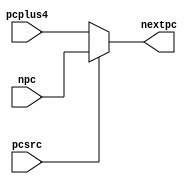
module pc_mux (
 input [31:0]   npc,
 input [31:0]   pcplus4,
 input          pcsrc,
 output reg [31:0]  nextpc  
);
always @(*) begin
  if(pcsrc)
      nextpc <= npc;
  else
      nextpc <= pcplus4; 
end
  
endmodule

// module s_mux (
//   input [31:0]  d,
//   input [1:0]   s,
//   output reg [31:0] y
// );
// always @(*) begin
//   case(s)
//   2'b01: y <= d;
//   2'b10: y <= {{16{d[15]}},d[15:0]};
//   2'b11: y <= {{24{d[7]}},d[7:0]};
// endcase
// end
// endmodule


// module l_mux (
//    input [31:0]  d,
//   input [1:0]   s,
//   output reg [31:0] y 
// );
// always @(*) begin
//   case(s)
//   2'b00: y <= d;
//   2'b01: y <= {{16{d[15]}},d[15:0]};
//   2'b10: y <= {{24{d[7]}},d[7:0]};
// endcase
// end
// endmodule



module mux2        //two selected choice
             (input  [31:0] d0, d1, 
              input              s, 
              output [31:0]      y);

  assign y = s ? d0 : d1; 
endmodule

// module mux3 #(parameter WIDTH = 32)     //three selected choice
//              (input  [WIDTH-1:0] d0, d1, d2,
//               input  [1:0]       s, 
//               output [WIDTH-1:0] y);

//   assign  y = s[1] ? d2 : (s[0] ? d1 : d0); 
// endmodule

// module mux4 #(parameter WIDTH = 32)   //four ...
//              (input  [WIDTH-1:0] d0, d1, d2, d3,
//               input  [1:0]       s, 
//               output reg [WIDTH-1:0] y);

// 	always @( * )
// 	begin
//       case(s)
//          2'b00: y <= d0;
//          2'b01: y <= d1;
//          2'b10: y <= d2;
//          2'b11: y <= d3;
//       endcase
// 	end
// endmodule

// module mux5 #(parameter WIDTH = 32)     //five ...
//              (input		[WIDTH-1:0] d0, d1, d2, d3, d4,
//               input		[2:0]       s, 
//               output reg	[WIDTH-1:0] y);

// 	always @( * )
// 	begin
//       case(s)
// 	    3'b000: y <= d0;
// 	    3'b001: y <= d1;
// 	    3'b010: y <= d2;
// 	    3'b011: y <= d3;
// 	    3'b100: y <= d4;
//       endcase
//     end  
// endmodule


// module mux6 #(parameter WIDTH = 32)   //six ...
//            (input  [WIDTH-1:0] 	d0, d1, d2, d3, d4, d5,
//             input  [2:0] 		s,
//          	  output reg [WIDTH-1:0]	y);

// 	always@( * )
// 	begin
// 	  case(s)
// 		3'b000: y <= d0;
// 		3'b001: y <= d1;
// 		3'b010: y <= d2;
// 		3'b011: y <= d3;
// 		3'b100: y <= d4;
// 		3'b101: y <= d5;
// 	  endcase
// 	end
// endmodule